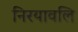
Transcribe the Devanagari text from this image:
निरयावलि